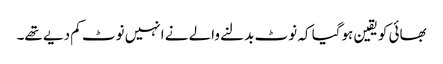
بھائی کو یقین ہوگیا کہ نوٹ بدلنے والے نے انہیں نوٹ کم دیے تھے۔